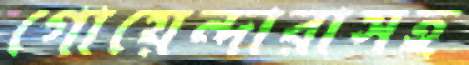
গোয়েন্দারাসহ